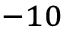
^ { - 1 0 }